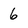
Character: 6